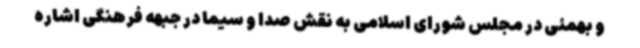
و بهمئی در مجلس شورای اسلامی به نقش صدا و سیما در جبهه فرهنگی اشاره